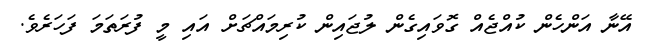
އޭނާ އަންހެން ކުއްޖެއް ގޮވައިގެން ލުޖައިން ކުރިމައްޗަށް އައި މީ ފުރަތަމަ ފަހަރެވެ.